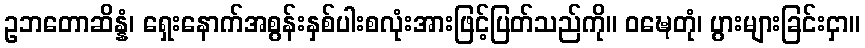
ဥဘတောဆိန္နံ၊ ရှေးနောက်အစွန်းနှစ်ပါးစလုံးအားဖြင့်ပြတ်သည်ကို။ ဝဍ္ဎေတုံ၊ ပွားများခြင်းငှာ။